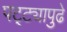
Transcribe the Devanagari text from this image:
पट्ट्यापुढे